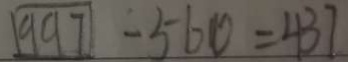
9 9 7 - 5 6 0 = 4 3 7